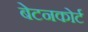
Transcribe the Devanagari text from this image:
बेटनकोर्ट